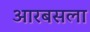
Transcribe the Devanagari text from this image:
आरबसला